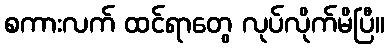
စကားလက် ထင်ရာတွေ လုပ်လိုက်မိပြီ။